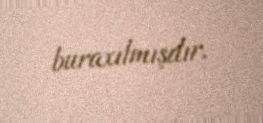
buraxılmışdır.